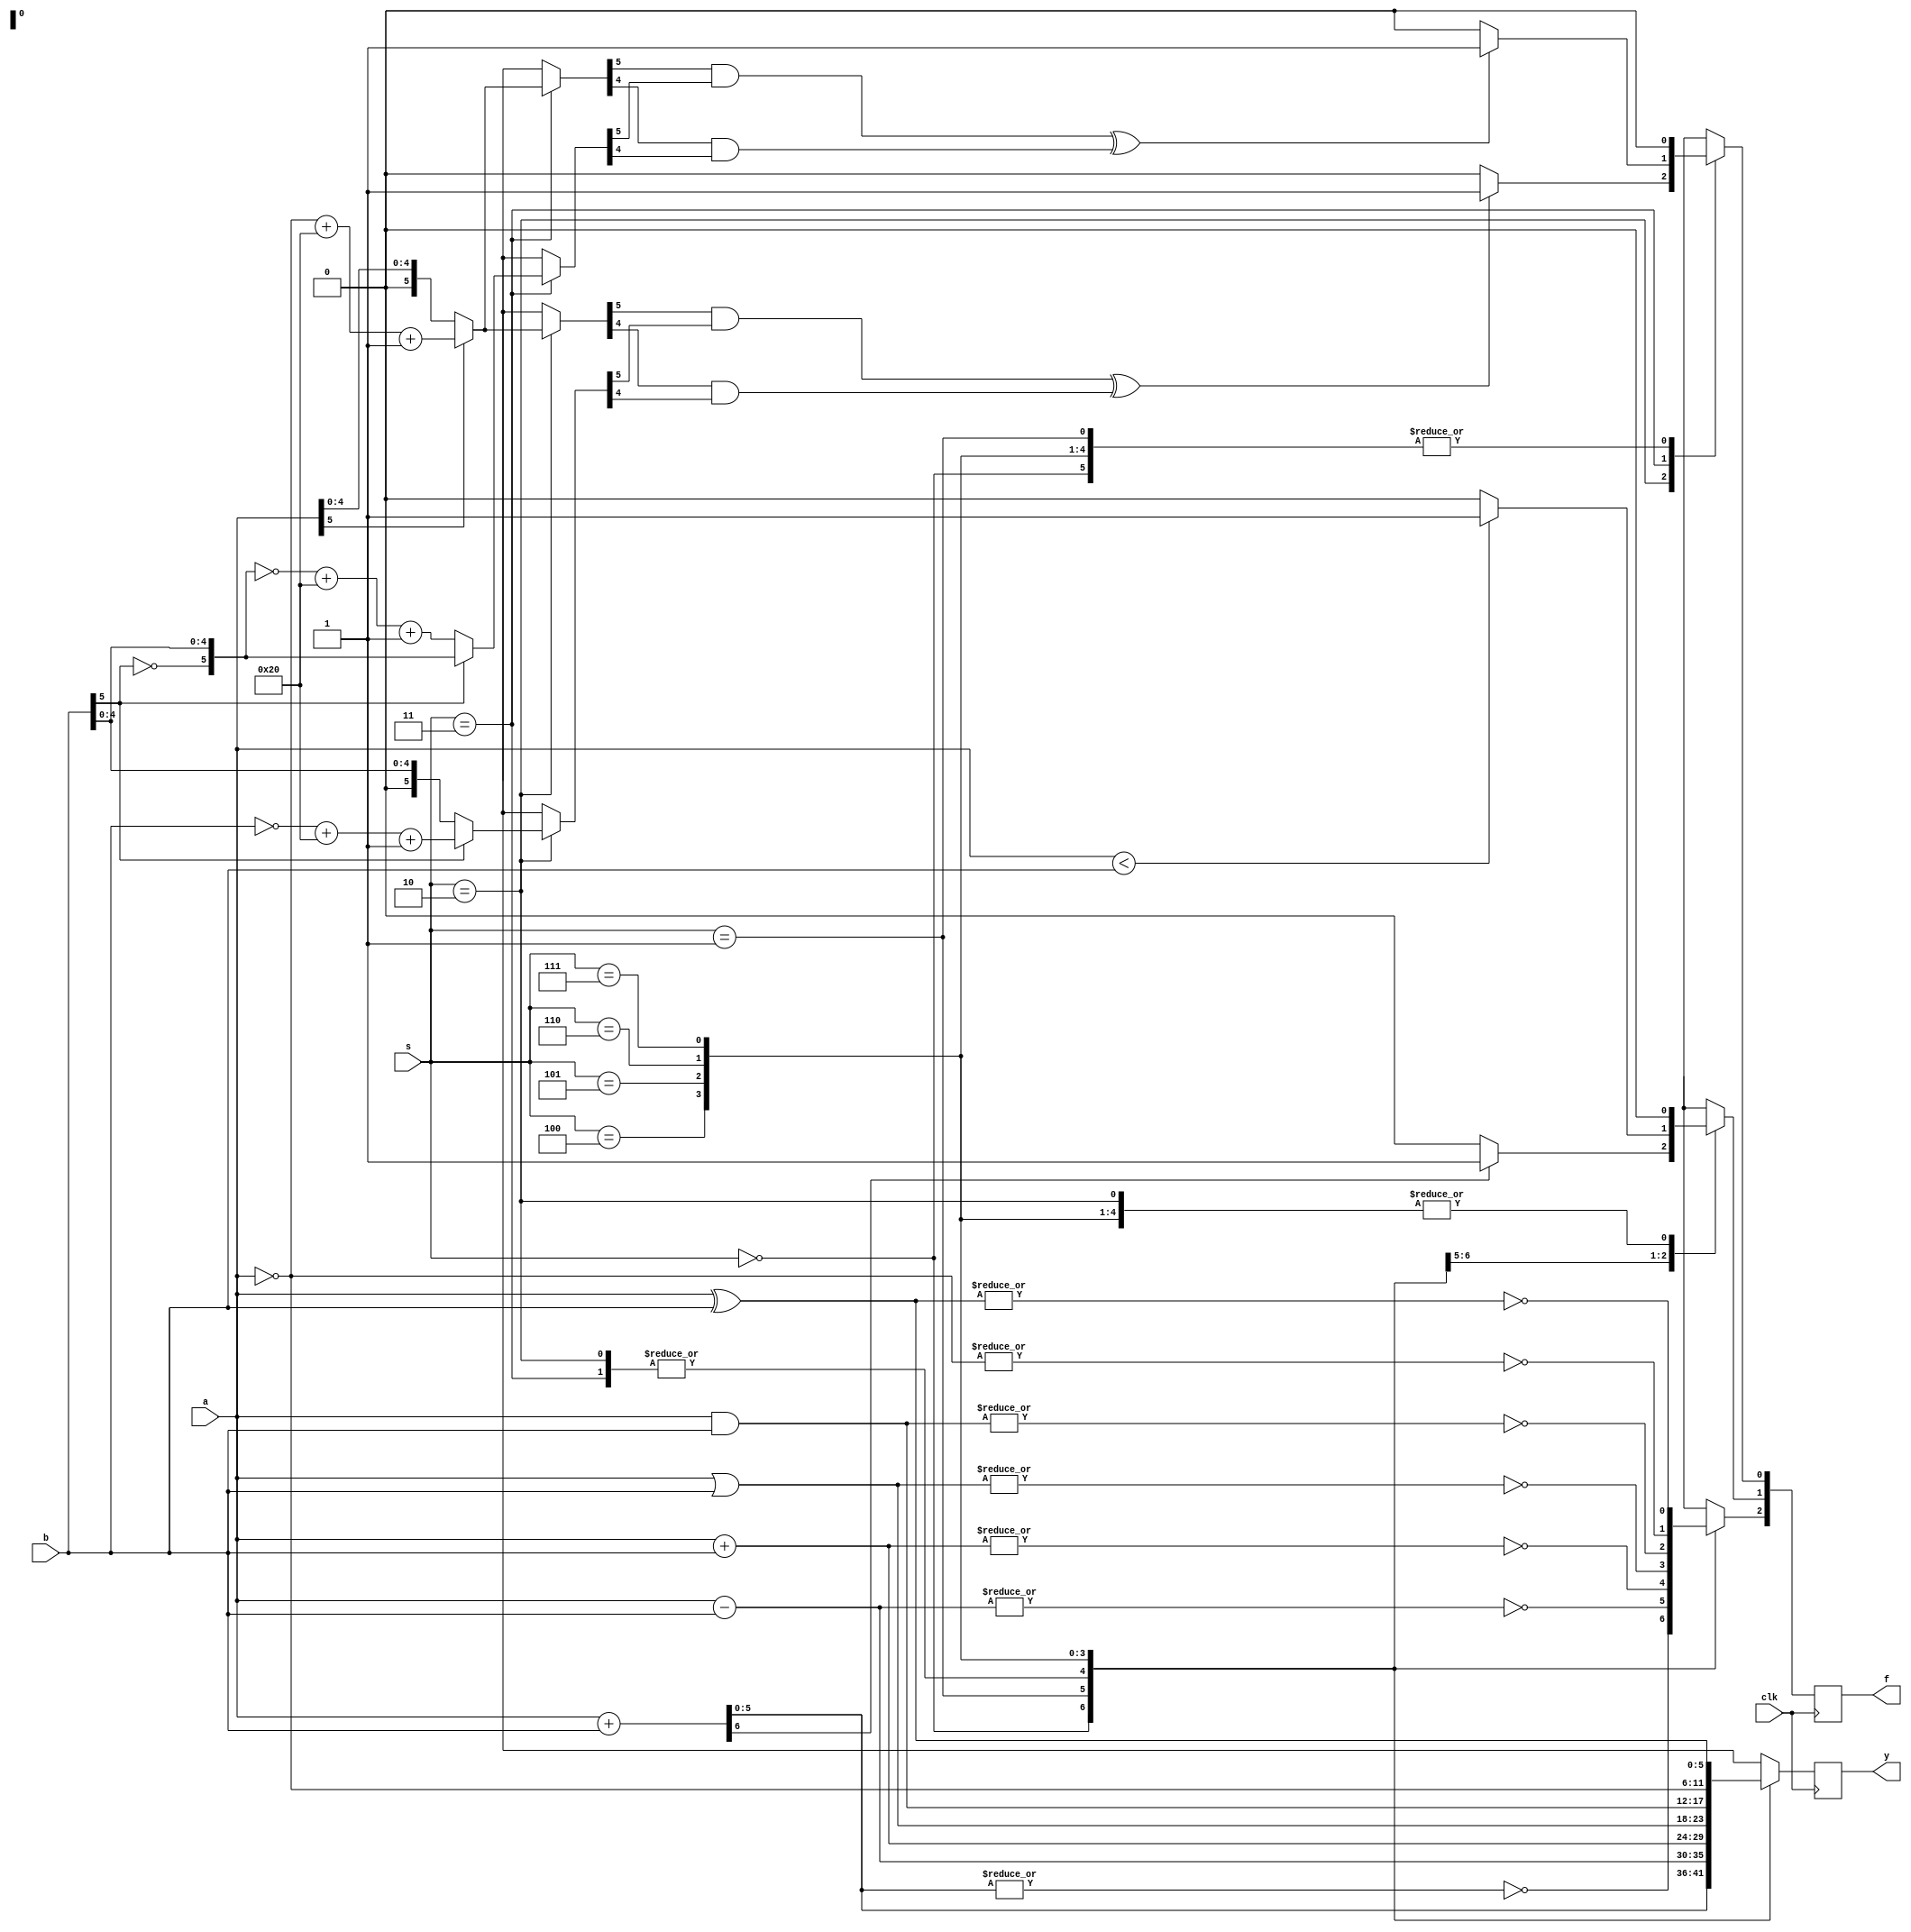
`timescale 1ns / 1ps
//////////////////////////////////////////////////////////////////////////////////
// Company: 
// Engineer: 
// 
// Design Name: 
// Module Name: main
// Project Name: 
// Target Devices: 
// Tool Versions: 
// Description: 
// 
// Dependencies: 
// 
// Revision:
// Revision 0.01 - File Created
// Additional Comments:
// 
//////////////////////////////////////////////////////////////////////////////////


module main(
    input clk,
    input [5:0]a,
    input [5:0]b,
    input [2:0]s,
    output reg [2:0]f,
    output reg [5:0]y
    );
    reg t;
    reg t1;
    reg t2;
    reg [5:0]ta;
    reg [5:0]tb;
    always @(posedge clk)
    begin
    case(s)
        3'b000://if(s == 3'b000)//unsigned +
        begin
        f[0]=0;
        f[1]=0; 
        {t,y}=a+b;
        if(t==1) f[1]=1;
        f[2]=~|y;
        end
        3'b001://else if(s == 3'b001)//unsigned -
        begin
        f[0]=0;
        f[1]=0;
        if(a<b)
        begin
            f[1]=1;
        end
        y=a-b;
        f[2]=~|y;
        end
        3'b010://else if(s == 3'b010)//  signed +
        begin
        ta=a;
        tb=b;
        if(a[5]==1) ta=~a+6'b100000+1;
        if(b[5]==1) tb=~b+6'b100000+1;
        f[0]=0;
        f[1]=0;
        t1=ta[5]&tb[5];
        t2=ta[4]&tb[4];
        if(t1^t2)           f[0]=1;
        y=a+b;
        f[2]=~|y;
        end
        3'b011://else if(s == 3'b011)// signed -
        begin
        ta=a;
        tb=b;
        if(ta[5]==1) ta=~ta+6'b100000+1;
        tb[5]=~tb[5];
        if(tb[5]==1) tb=~tb+6'b100000+1;
        f[0]=0;
        f[1]=0;
        t1=ta[5]&tb[5];
        t2=ta[4]&tb[4];
        if(t1^t2)           f[0]=1;
        y=a+b;
        f[2]=~|y;
        end
        3'b100://else if(s == 3'b100)// |
        begin
        f[0]=0;
        f[1]=0;
        y=a|b;
        f[2]=~|y;
        end
        3'b101://else if(s == 3'b101)// &
        begin
        f[0]=0;
        f[1]=0;
        y=a&b;
        f[2]=~|y;
        end
        3'b110://else if(s == 3'b110)// ~
        begin
        f[0]=0;
        f[1]=0;
        y=~a;
        f[2]=~|y;
        end
        3'b111://else //if(s == 3'b111)// xor
        begin
        f[0]=0;
        f[1]=0;
        y=a^b;
        f[2]=~|y;
        end
    endcase
    end  
    
endmodule